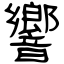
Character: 響